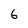
Character: 6